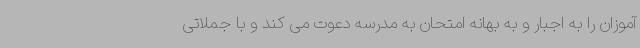
آموزان را به اجبار و به بهانه امتحان به مدرسه دعوت می کند و با جملاتی